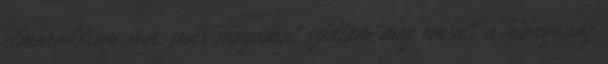
elmaradásom van, már magamat szidtam meg emiatt a hiányosság